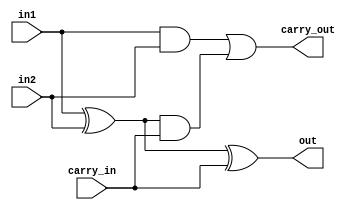
/*
By Artur Lach
Simple 1 bit full adder
*/

module fulladr_1bit (in1, in2, carry_in, carry_out, out);

input in1, in2, carry_in;
output carry_out, out;

assign out = in1 ^ in2 ^ carry_in;
assign carry_out = (in1 & in2) | ((in1 ^ in2) & carry_in);

endmodule